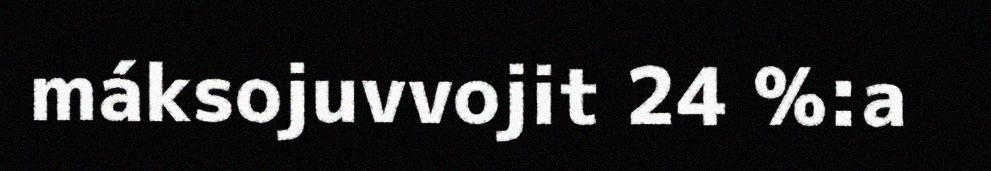
máksojuvvojit 24 %:a